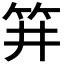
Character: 𥬆